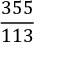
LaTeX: \frac { 3 5 5 } { 1 1 3 }